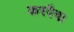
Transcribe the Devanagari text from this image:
करपैया